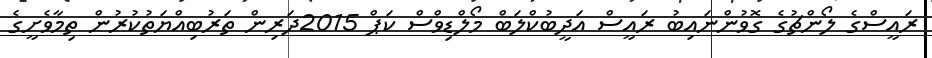
ރައީސްގެ ލޯންޗުގެ ގޮވުންނައިބު ރައީސް އަދީބުކްލަބް މޯލްޑިވްސް ކަޕް 2015ދަރިން ތަރުބިއްޔަތުކުރުން ތިމާވެށީގެ